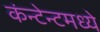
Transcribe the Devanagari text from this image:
कंन्टेन्टमध्ये